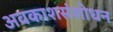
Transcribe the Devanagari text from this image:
अवकाशसंशोधन